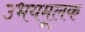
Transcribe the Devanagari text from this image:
उभयमूलक